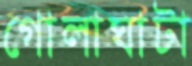
গোলাঘাটা